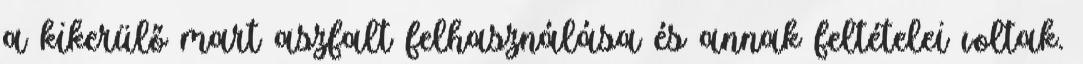
a kikerülő mart aszfalt felhasználása és annak feltételei voltak.